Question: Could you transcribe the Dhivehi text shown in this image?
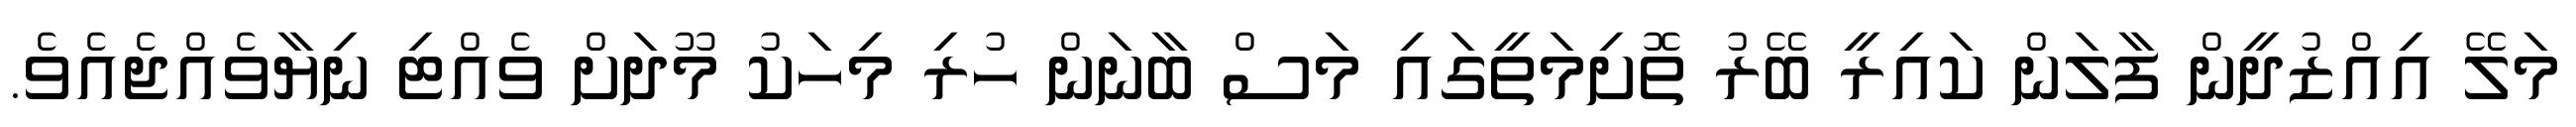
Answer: މަލޭ އިއްޒުދީން ފާލަން ކައިރީ ބޭރު ތޮށިމަތީގައި މަސް ބާނަން ހުރި މިހަކު މޫދަށް ވެއްޓި ނިޔާވެއްޖެއެވެ.